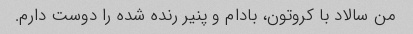
من سالاد با کروتون، بادام و پنیر رنده شده را دوست دارم.